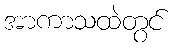
အာကာသထဲတွင်